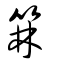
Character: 箖